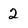
Character: 2